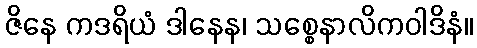
ဇိနေ ကဒရိယံ ဒါနေန၊ သစ္စေနာလိကဝါဒိနံ။